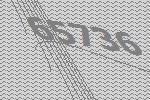
65736